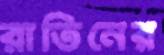
রাতিনের